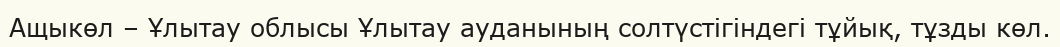
Ащыкөл – Ұлытау облысы Ұлытау ауданының солтүстігіндегі тұйық, тұзды көл.